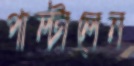
পাল্টালেন